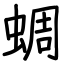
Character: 蜩